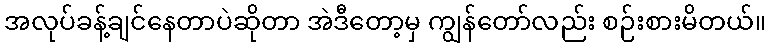
အလုပ်ခန့်ချင်နေတာပဲဆိုတာ အဲဒီတော့မှ ကျွန်တော်လည်း စဉ်းစားမိတယ်။